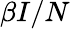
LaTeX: \beta I/N